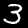
Digit: 3